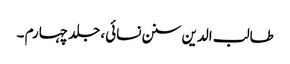
طالب الدین سنن نسائی، جلد چہارم ۔